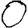
Digit: 0